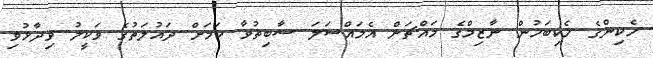
ހެކިންގެ ހެކިބަހުން ނާޒިމްގެ މައްޗަށް އެމައްސަލަ ސާބިތުވާ ކަމަށް ދައުލަތުގެ ވަކީލު ވިދާޅުވި